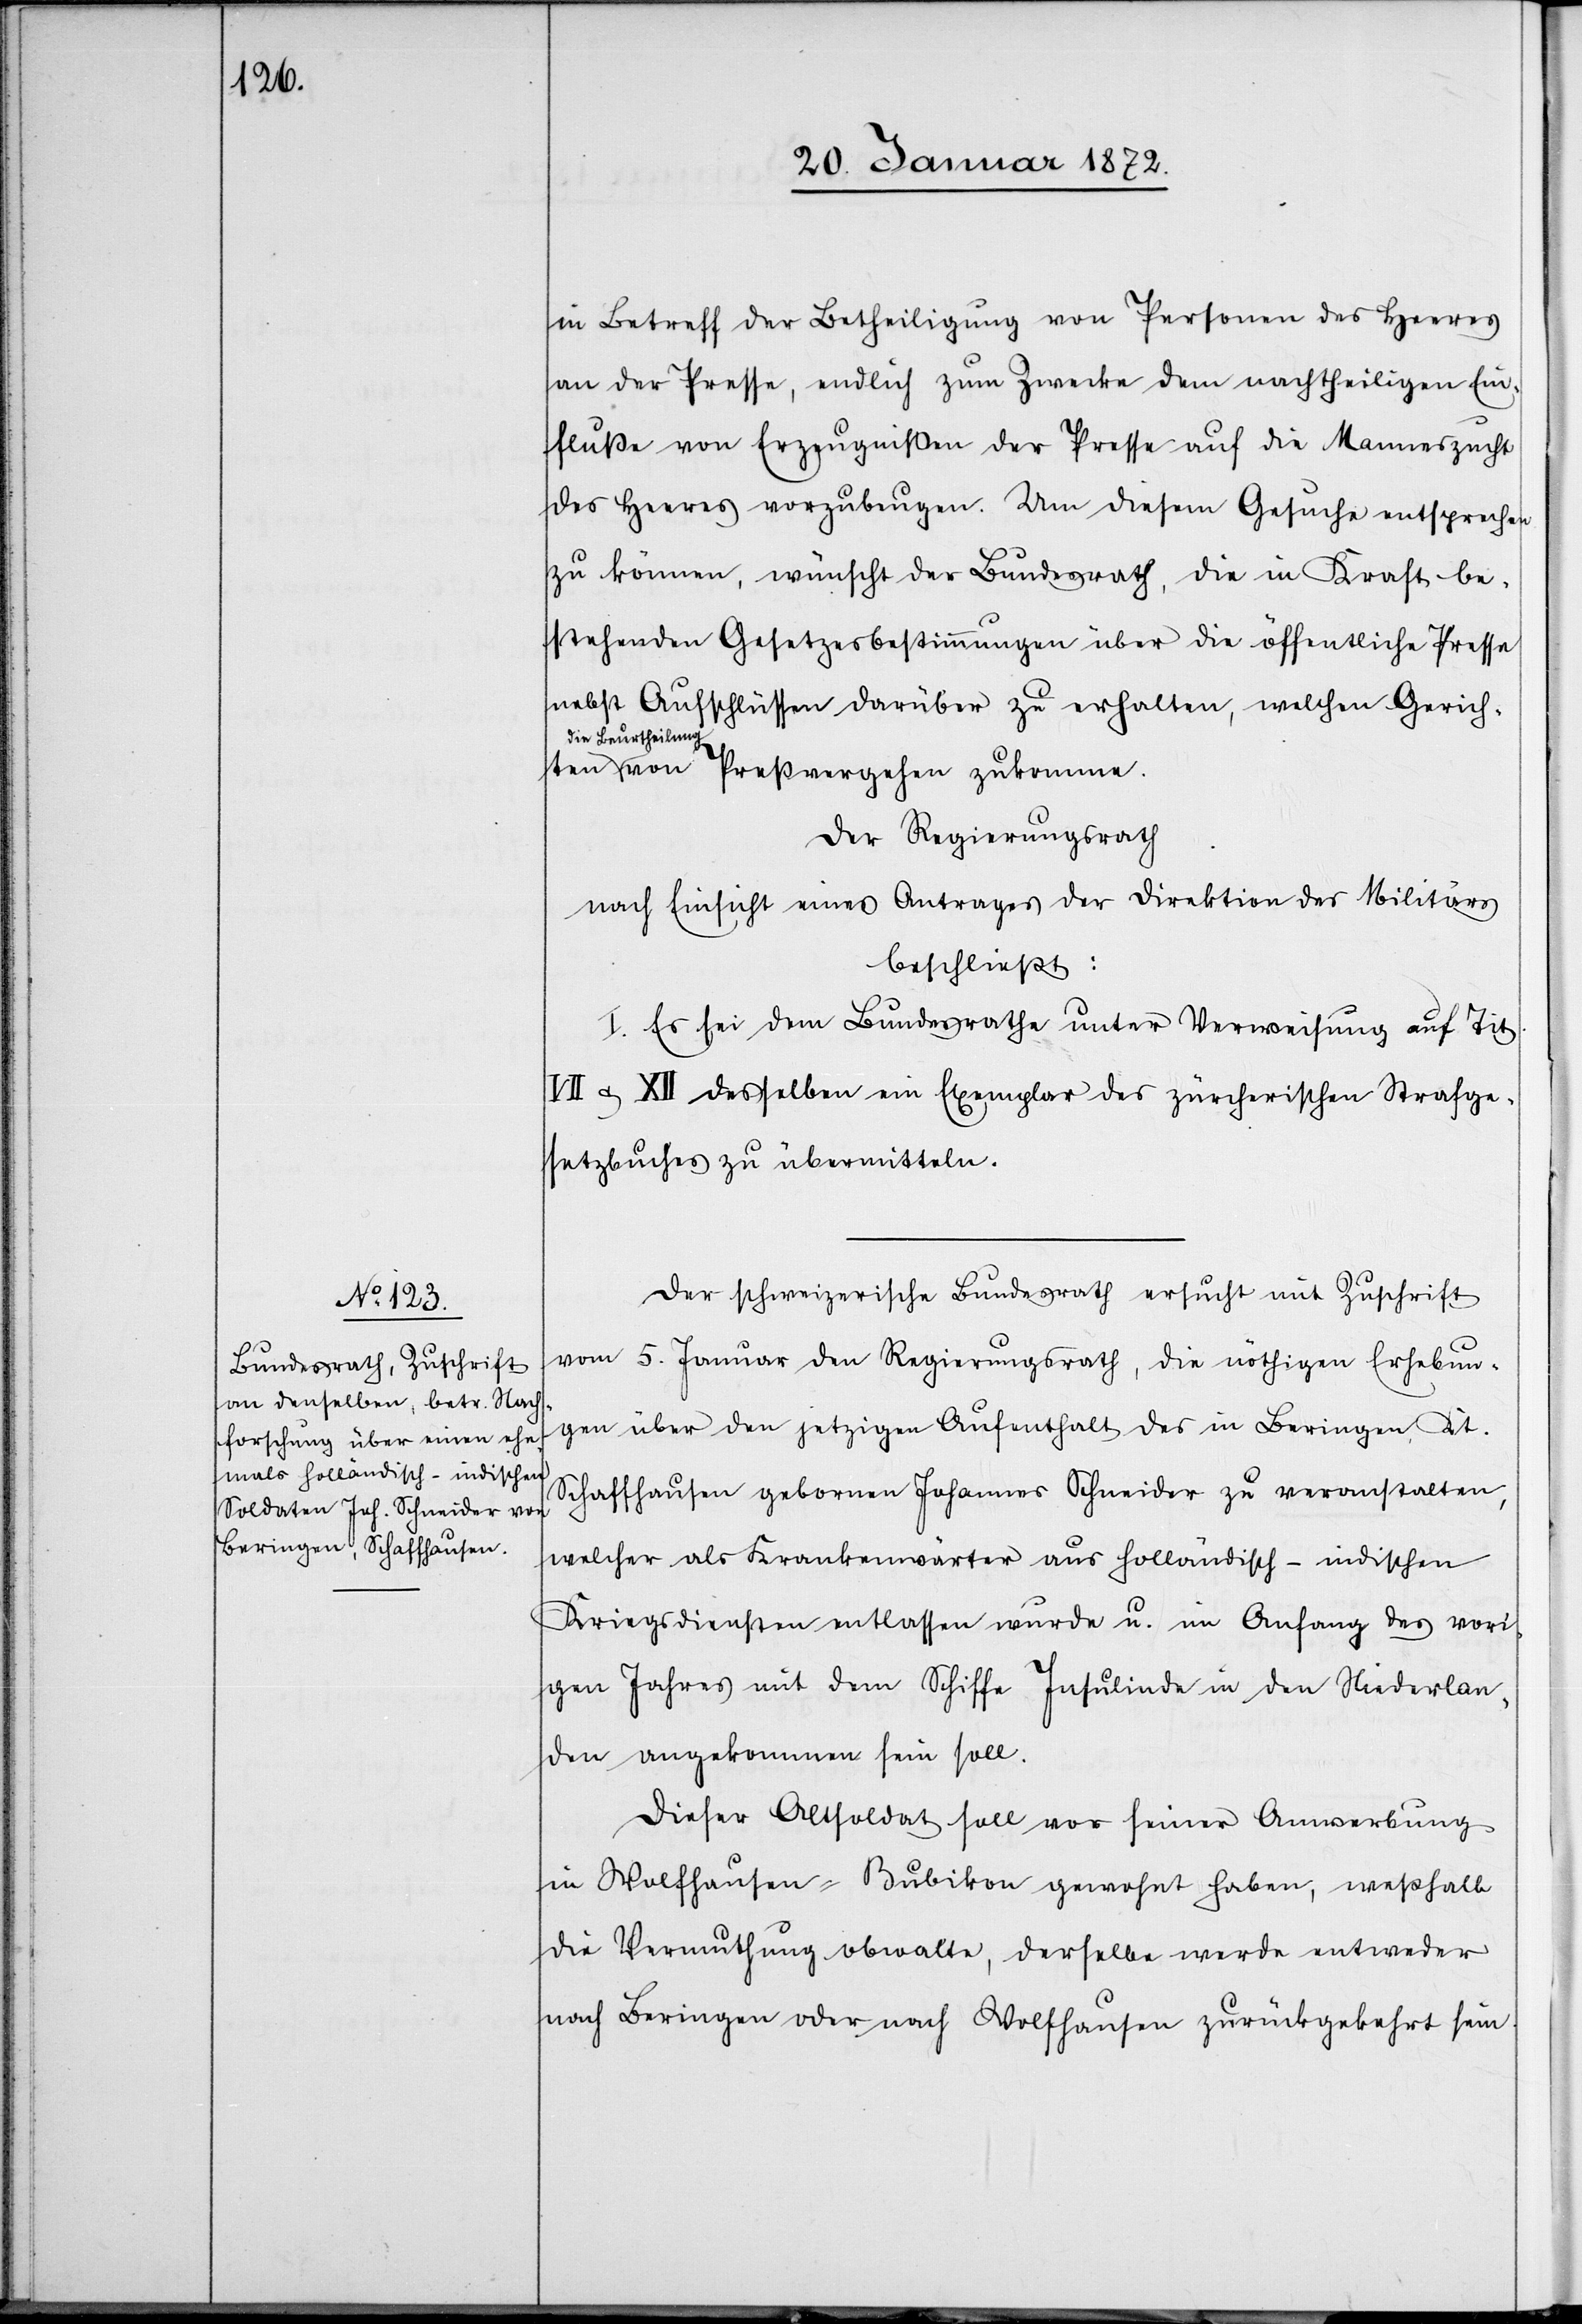
in Betreff der Betheiligung von Personen des Heeres
an der Presse, endlich zum Zwecke dem nachtheiligen Ein¬
fluße von Erzeugnißen der Presse auf die Manneszucht
des Heeres vorzubeugen. Um diesem Gesuche entsprechen
zu können, wünscht der Bundesrath, die in Kraft be¬
stehenden Gesetzesbestimmungen über die öffentliche Presse
nebst Aufschlüssen darüber zu erhalten, welchen Gerichten
die Beurtheilun¬
g von Preßvergehen zukomme.
Der Regierungsrath
nach Einsicht eines Antrages der Direktion des Militärs
beschließt:
I. Sei dem Bundesrathe unter Verweisung auf Tit.
& XII desselben ein Exemplar des zürcherischen Strafge¬
setzbuches zu übermitteln.
Der schweizerische Bundesrath ersucht mit Zuschrift
vom 5. Januar den Regierungsrath, die nöthigen Erhebun¬
gen über den jetzigen Aufenthalt des in Beringen, Kt.
Schaffhausen gebornen Johannes Schneider zu veranstalten,
welcher als Krankenwärter aus holländisch-indischen
Kriegsdiensten entlassen wurde u. im Anfang des vori¬
gen Jahres mit dem Schiffe Insulinde in den Niederlan¬
den angekommen sein soll.
Dieser Altsoldat soll vor seiner Anwerbung
in Wolfhausen-Bubikon gewohnt haben, weßhalb
die Vermuthung obwalte, derselbe werde entweder
nach Beringen oder nach Wolfhausen zurückgekehrt sein.